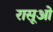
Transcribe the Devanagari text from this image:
रासूओं